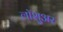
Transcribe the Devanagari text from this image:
लॉशुअर